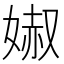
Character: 𡞽